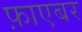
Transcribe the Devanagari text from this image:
फ़ाएबर